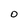
Character: O